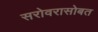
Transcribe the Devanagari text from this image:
सरोवरासोबत